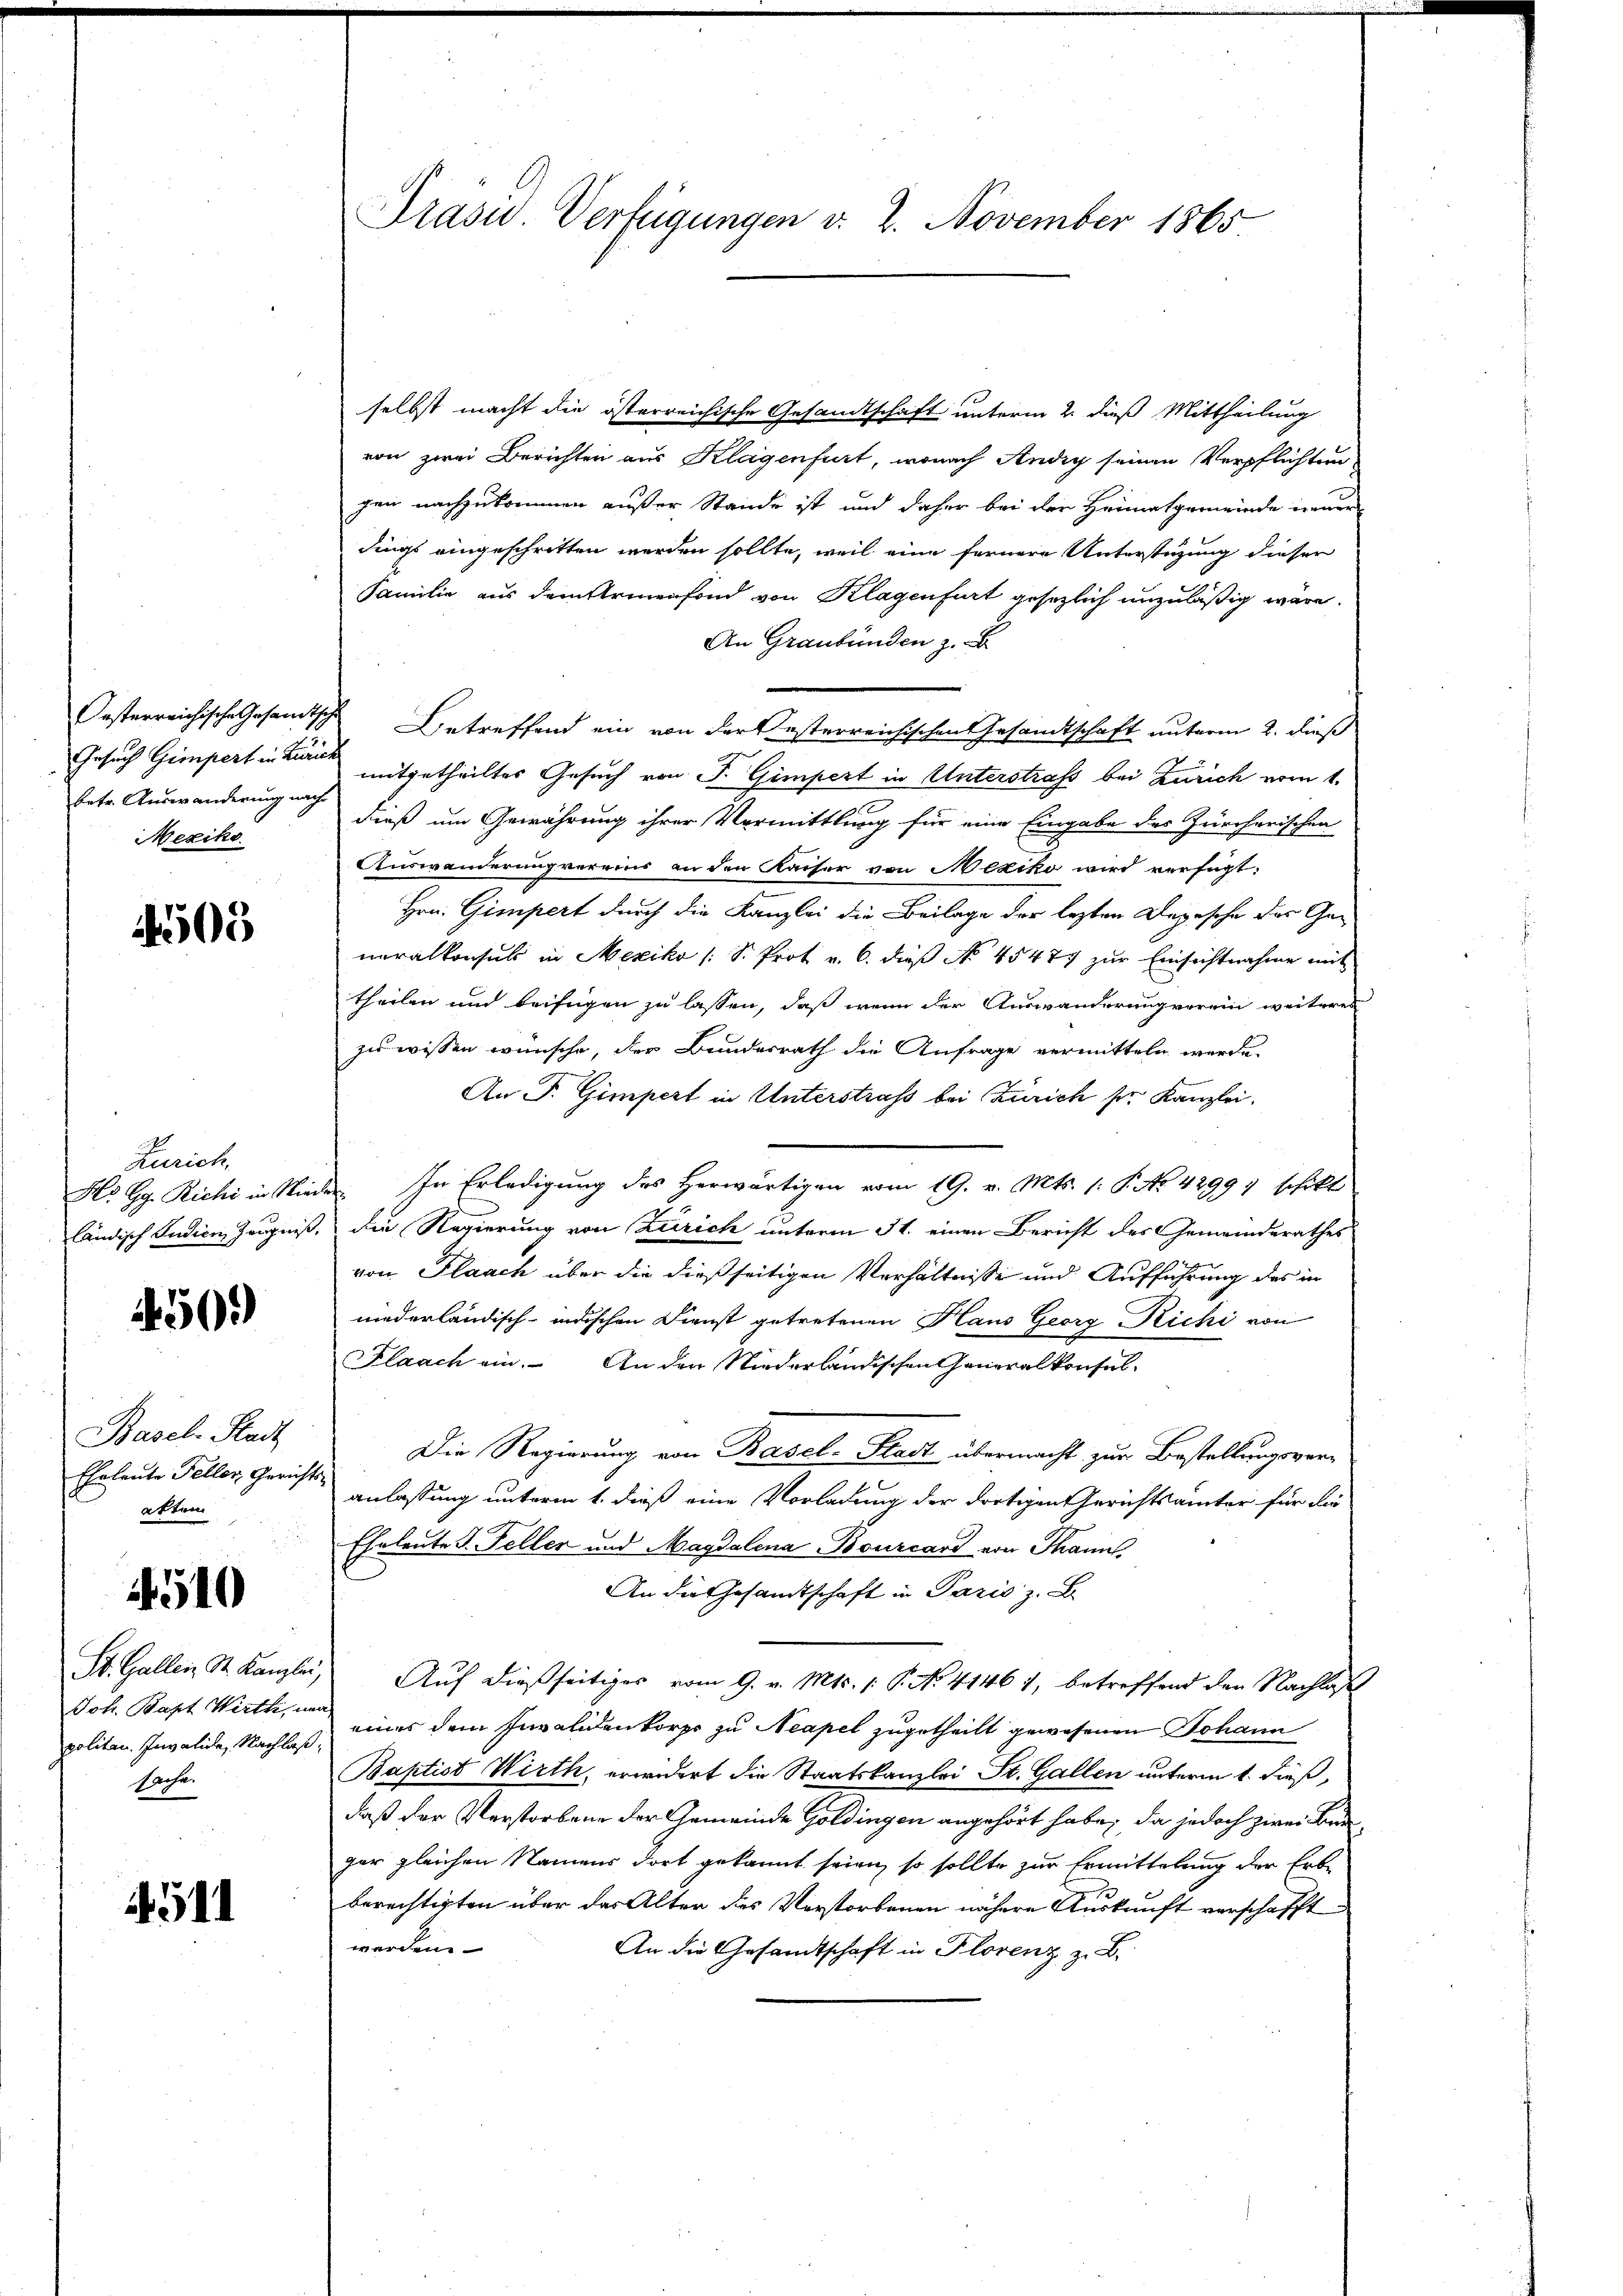
betr. Auswanderung nach
Mexiko

4505

Zürich,
Ho Gg. Richi in Nieländisch Judien Zeugniß,

503)

Basel-Stadt
Eheleute Feller Gerichts
atten

510

St. Gallen St. Kanzlei,
Joh. Bapt Wirth, in
politan. Invalide, Nachlaß,
Sache.

4511

Präsid.. Verfügungen v. 2. November 1865

selbst macht die österreichische Gesandtschaft unterm 2. dieß Mittheilung
von zwei Berichten aus Klagenfurt, wonach Andig seinen Verpflichten
gen nachzukommen außer Stande ist und daher bei der Heimatgemeinde neuer
dings eingeschritten werden sollte, weil eine fernere Unterstützung dieser
Familie aus dem Armenfond von Klagenfurt gesezlich unzuläßig wäre.
An Graubünden z.
Oesterreichische Gesamtsche Betreffend ein von der Resterreichischen Gesandtschaft unterm 2. dieß
Gesuch Gimpert in mitgetheiltes Gesuch von F. Gimpert in Unterstrafs bei Zürich vom 1.
dieß um Gewährung ihrer Vermittlung für eine Eingabe des Zürcherischen
Auswanderung vereins an den Kaiser von Mexiko wird verfügt:
Hrn. Gimpert durch die Kanzlei die Beilage der lezten Depesche das Generalkonsuls in Mexiko /: S. Prot v. 6. dieß No 45477 zur Einsichtnahme mit
theilen und beifügen zu lassen, daß wenn der Auswanderung verein weiteren
zu wissen wünsche, der Bundesrath die Anfrage vermitteln werde.
An P. Gimpert in Unterstraß bei Zürich ser Kanzlei.
er. In Erledigung des Herwärtigen vom 19. v. Mts. 1: P. No. 42997 schikt
f
die Regierung von Zürich unterm 31. einen Bericht des Gemeinderathes
von Flaach über die dießseitigen Verhältnisse und Aufführung des in
niederländisch-indischen Dienst getretenen Haus Georg Richi von
Flaach ein. An den Niederländischen Generalkonsul-
Die Regierung von Basel-Stadt übermacht zur Bestellungsveranlassung unterm 1. dieß eine Vorladung der dortigen Gerichtsämter für die
Eheleute 3. Feller und Magdalena Bourcard von Manns
An die Gesandtschaft in Paris z.
Auf dießseitiges vom 9. v. Mts. (: P. No. 41461, betreffend den Nachlaß
eines dem Invalidenkorps zu Neapel zugetheilt gewesenen Johann
Baptist Wirth, erwidert die Staatskanzlei St. Gallen unterm 1. dieß,
daß der Verstorbene der Gemeinde Goldingen angehört habe, da jedoch zwei Baugar gleichen Namens dort gekannt seien, so sollte zur Ermittelung der Erbe
berechtigten über der Alter des Verstorbenen nähere Auskunft verschafft
werden
An die Gesandtschaft in Florenz z. B.